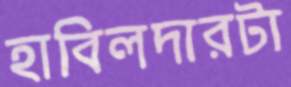
হাবিলদারটা